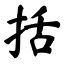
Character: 括